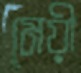
মেয়ী